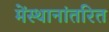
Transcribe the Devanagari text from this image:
मेंस्थानांतरित